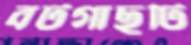
বটগাছটি